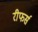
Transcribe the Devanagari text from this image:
रीफर्स